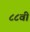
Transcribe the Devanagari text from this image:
८८वी